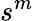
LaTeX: s^{m}